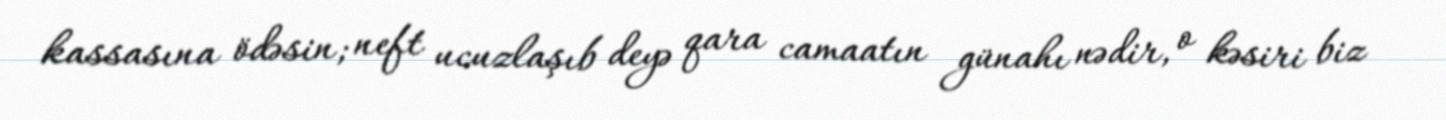
kassasına ödəsin; neft ucuzlaşıb deyə qara camaatın günahı nədir, o kəsiri biz